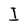
Character: I